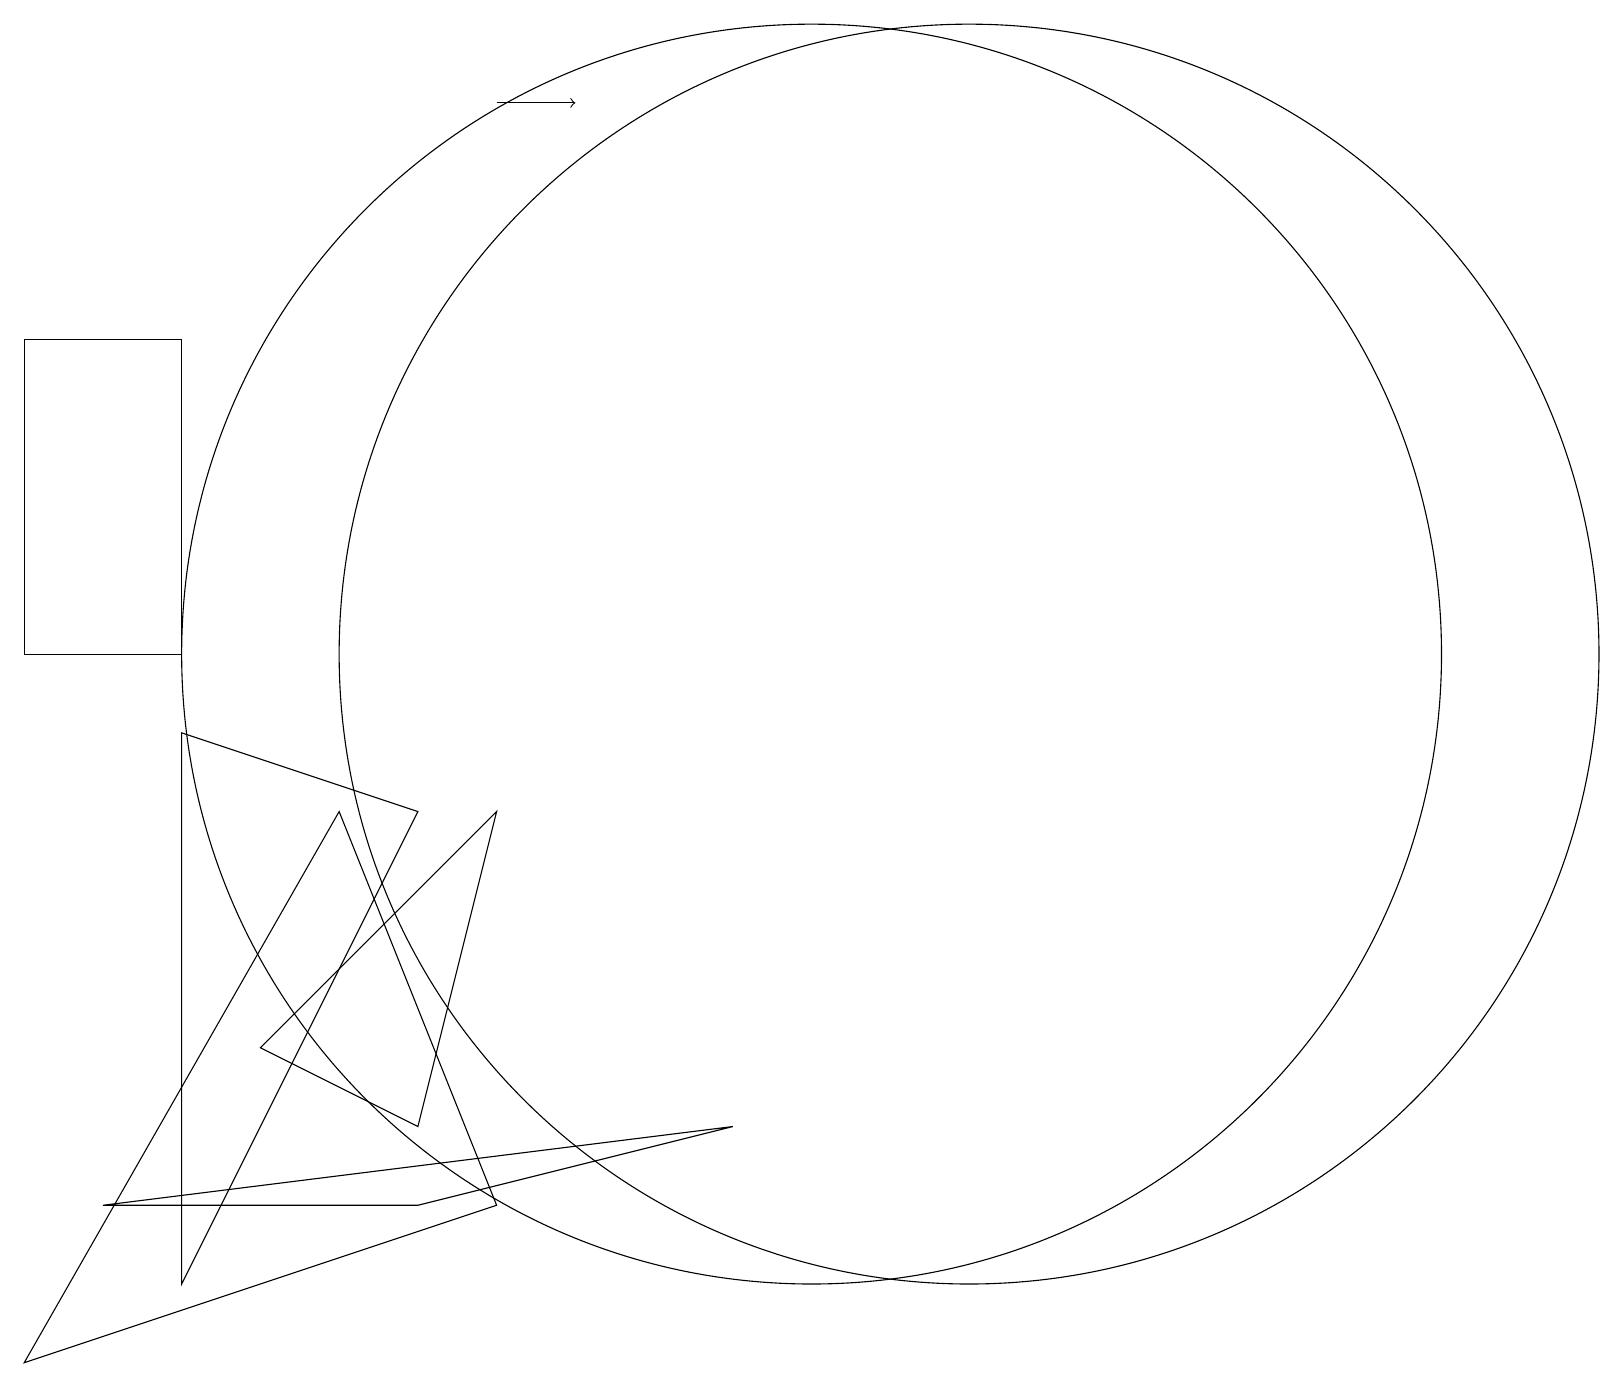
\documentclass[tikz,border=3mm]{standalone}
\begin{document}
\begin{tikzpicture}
\draw (5,8) -- (2,2) -- (2,9) -- cycle;
\draw (10,10) circle (8);
\draw (5,4) -- (6,8) -- (3,5) -- cycle;
\draw (5,3) -- (9,4) -- (1,3) -- cycle;
\draw (2,10) rectangle (0,14);
\draw[->] (6,17) -- (7,17);
\draw (12,10) circle (8);
\draw (0,1) -- (6,3) -- (4,8) -- cycle;
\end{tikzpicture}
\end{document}